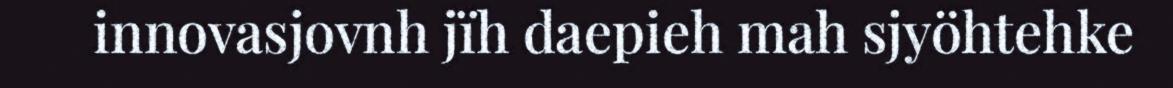
innovasjovnh jïh daepieh mah sjyöhtehke